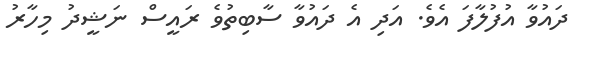
ދައުވާ އުފުލާފަ އެވެ. އަދި އެ ދައުވާ ސާބިތުވެ ރައީސް ނަޝީދު މިހާރު